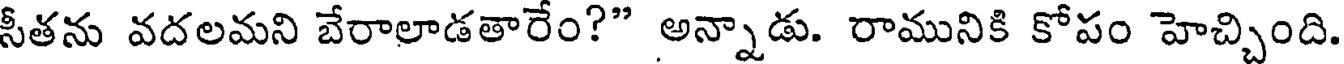
సీతను వదలమని బేరాలాడతారేం?" అన్నాడు. రామునికి కోపం హెచ్చింది